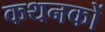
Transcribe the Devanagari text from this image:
कथनकों